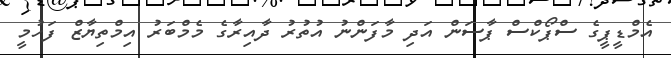
އެމްޑީޕީގެ ސްޕޯކްސް ޕާސަން އަދި މާފަންނު އުތުރު ދާއިރާގެ މެމްބަރު އިމްތިޔާޒް ފަހުމީ